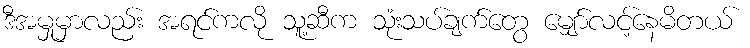
ဒီအမှုမှာလည်း အရင်ကလို သူ့ဆီက သုံးသပ်ချက်တွေ မျှော်လင့်နေမိတယ်